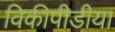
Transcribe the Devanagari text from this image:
विकीपीडीया